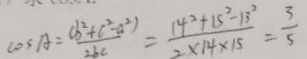
\cos A = \frac { ( b ^ { 2 } + c ^ { 2 } - a ^ { 2 } ) } { 2 b c } = \frac { 1 4 ^ { 2 } + 1 5 ^ { 2 } - 1 3 ^ { 2 } } { 2 \times 1 4 \times 1 5 } = \frac { 3 } { 5 }